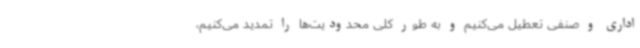
اداری و صنفی تعطیل می‌کنیم و به طور کلی محدودیت‌ها را تمدید می‌کنیم،